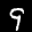
Label: 9